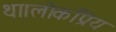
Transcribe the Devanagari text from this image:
था।लोकप्रिय